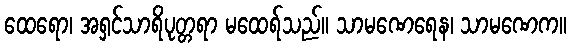
ထေရော၊ အရှင်သာရိပုတ္တရာ မထေရ်သည်။ သာမဏေရေန၊ သာမဏေက။